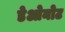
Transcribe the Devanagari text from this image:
डेओनोट